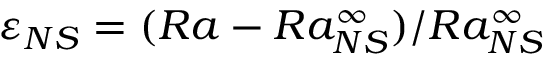
\varepsilon _ { N S } = ( R a - R a _ { N S } ^ { \infty } ) / R a _ { N S } ^ { \infty }